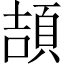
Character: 頡